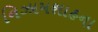
નિઝામશાહના